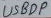
Text: USBDP